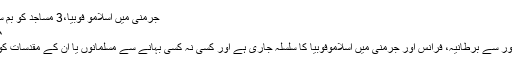
جرمنی میں اسلامو فوبیا،3 مساجد کو بم سے اُڑانے کی دھمکیاں
Jul ۱۳, ۲۰۱۹ ۰۷:۱۸
یورپی ممالک خاص طور سے برطانیہ، فرانس اور جرمنی میں اسلاموفوبیا کا سلسلہ جاری ہے اور کسی نہ کسی بہانے سے مسلمانوں یا ان کے مقدسات کو نشانہ بنایا جا رہا ہے۔